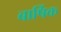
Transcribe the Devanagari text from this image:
बार्षिक